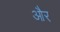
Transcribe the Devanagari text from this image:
और